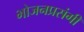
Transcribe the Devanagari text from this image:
भोजनप्रसंगी